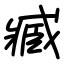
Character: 臧